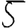
Digit: 5